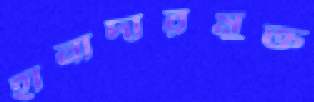
হানাদারমুক্ত